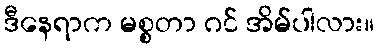
ဒီနေရာက မစ္စတာ ဂင် အိမ်ပါလား။